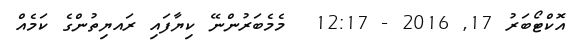
އޮކްޓޯބަރު 17